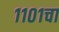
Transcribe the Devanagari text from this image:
११०१चा